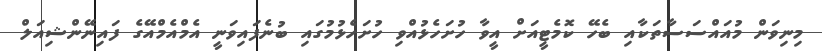
މިނިވަން މުއައްސަސާތަކާއި ބެހޭ ކޮމެޓީއަށް އީވާ ހުށަހެޅުއްވި ހުށަހެޅުމުގައި ބުނެފައިވަނީ އެމްއެމްއޭގެ ފައިނޭންޝިއަލް